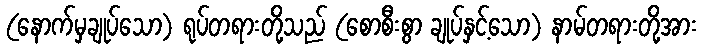
(နောက်မှချုပ်သော) ရုပ်တရားတို့သည် (စောစီးစွာ ချုပ်နှင့်သော) နာမ်တရားတို့အား